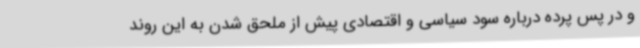
و در پس پرده درباره سود سیاسی و اقتصادی پیش از ملحق شدن به این روند